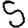
Digit: 5